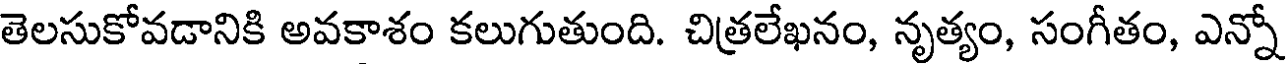
తెలసుకోవడానికి అవకాశం కలుగుతుంది. చిత్రలేఖనం, నృత్యం, సంగీతం, ఎన్నో